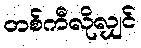
တစ်ကီလိုလျှင်